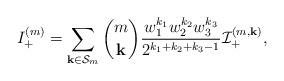
LaTeX: \begin{align*}I_{+}^{(m)}&=\sum_{\mathbf{k} \in \mathcal{S}_m}\binom{m}{\mathbf{k}}\frac{ w_1^{k_1}w_2^{k_2}w_3^{k_3}}{2^{k_1+k_2+k_3-1}}\mathcal{I}_{+}^{(m,\mathbf{k})},\end{align*}